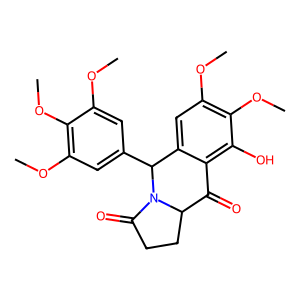
SMILES: COc1cc(C2c3cc(OC)c(OC)c(O)c3C(=O)C3CCC(=O)N32)cc(OC)c1OC
Inhibits HIV replication: No